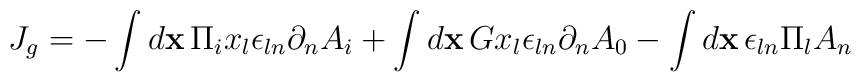
J_g = -\int{d{\bf x}\,\Pi_i x_l\epsilon_{ln}\partial_nA_i} + \int{d{\bf x}\,Gx_l\epsilon_{ln}\partial_nA_0}- \int{d{\bf x}\,\epsilon_{ln}\Pi_l A_n}